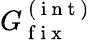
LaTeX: G_{\mathrm{~f~i~x~}}^{\mathrm{~(~i~n~t~)~}}